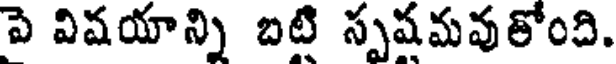
పె విషయాన్ని బటి స్పషమవుతోంది.